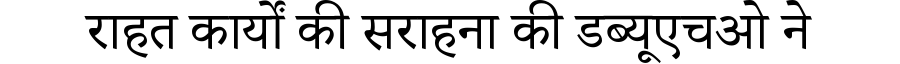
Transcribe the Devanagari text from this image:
राहत कार्यों की सराहना की डब्यूएचओ ने